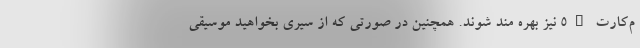
م‌کارت 5G نیز بهره مند شوند. همچنین در صورتی که از سیری بخواهید موسیقی